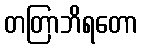
တတြာဘိရတော